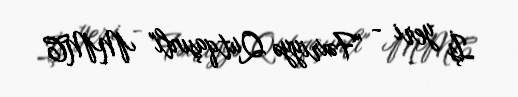
İş yeri - "Fəxriyyə Qutqaşınlı" MMC